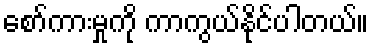
စော်ကားမှုကို ကာကွယ်နိုင်ပါတယ်။